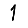
Digit: 1